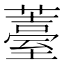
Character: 薹